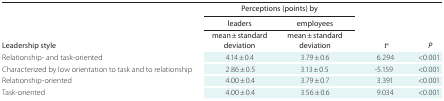
<table><thead><tr><td rowspan="2"><b>Leadership style</b></td><td colspan="2"><b>Perceptions (points) by:</b></td><td rowspan="2"><b><i>t</i><sup>†</sup></b></td><td rowspan="2"><b><i>P</i></b></td></tr><tr><td><b>leaders</b></td><td><b>employees</b></td></tr><tr><td></td><td><b>mean ± standard deviation</b></td><td><b>mean ± standard deviation</b></td><td></td><td></td></tr></thead><tbody><tr><td>Relationship- and task-oriented</td><td>4.14 ± 0.4</td><td>3.79 ± 0.6</td><td>6.294</td><td>&lt;0.001</td></tr><tr><td>Characterized by low orientation to task and to relationship</td><td>2.86 ± 0.5</td><td>3.13 ± 0.5</td><td>-5.159</td><td>&lt;0.001</td></tr><tr><td>Relationship-oriented</td><td>4.00 ± 0.4</td><td>3.79 ± 0.7</td><td>3.391</td><td>&lt;0.001</td></tr><tr><td>Task-oriented</td><td>4.00 ± 0.4</td><td>3.56 ± 0.6</td><td>9.034</td><td>&lt;0.001</td></tr></tbody></table>